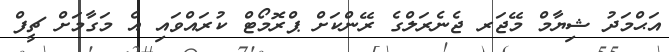
އަޙްމަދު ޝިޔާމް މޭޖަރ ޖެނެރަލްގެ ރޭންކަށް ޕްރޮމޯޓް ކުރައްވައި އެ މަގާމަށް ޗީފް